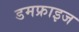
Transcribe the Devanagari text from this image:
डमफ्राइज